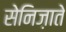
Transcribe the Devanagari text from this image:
सेनिज़ाते